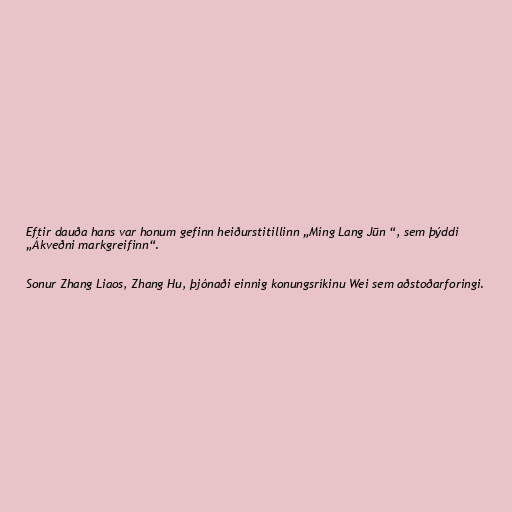
Eftir dauða hans var honum gefinn heiðurstitillinn „Míng Lang Jūn “, sem þýddi
„Ákveðni markgreifinn“.

Sonur Zhang Liaos, Zhang Hu, þjónaði einnig konungsríkinu Wei sem aðstoðarforingi.